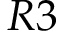
R 3